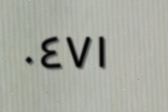
٠٤٧١